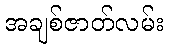
အချစ်ဇာတ်လမ်း